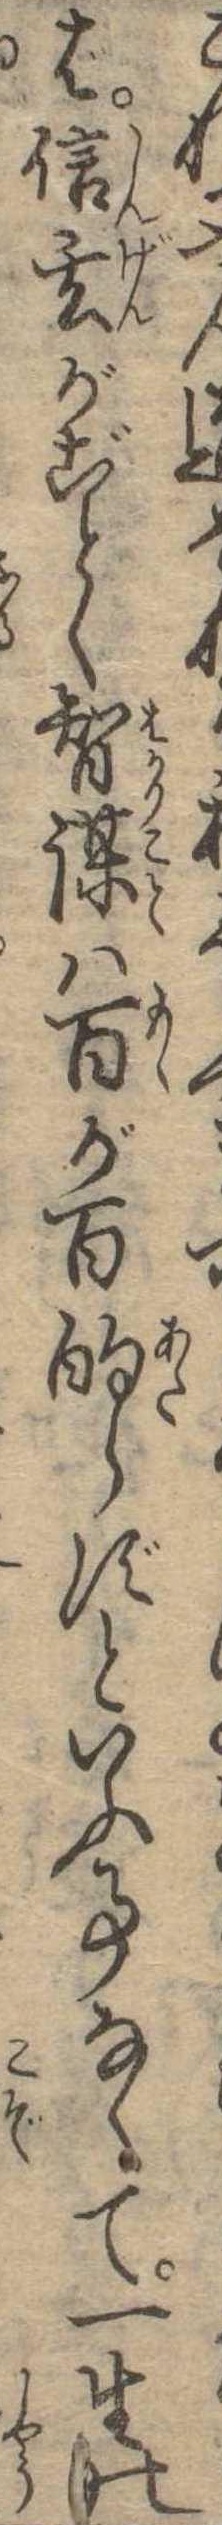
ば信玄がごとく智謀は百が百的らずといふ事なくて一生の